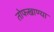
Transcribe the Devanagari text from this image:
तोफखाण्या